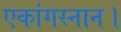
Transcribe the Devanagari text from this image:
एकांगस्नान।